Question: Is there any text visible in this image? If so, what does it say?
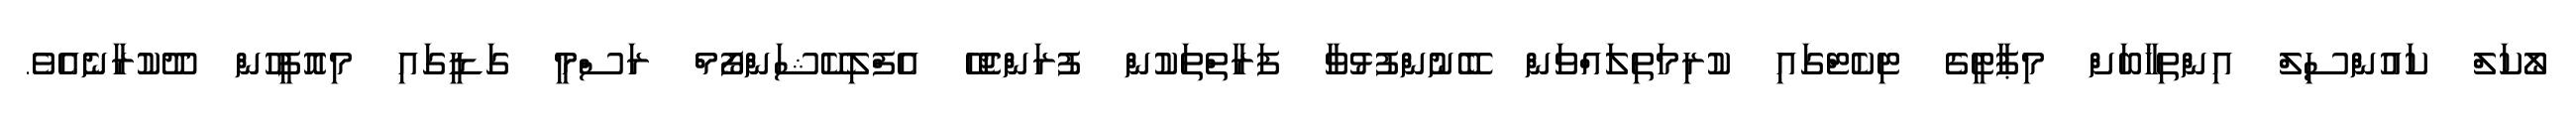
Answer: ލޯކަލް ކައުންސިލް އިންތިޚާބަށް މިޕާޓީގެ ޓިކެޓްގައި ކުރިމަތިލައްވަން ބޭނުންފުޅުވާ ފަރާތްތަކުން ފުރަންޖެހޭ އެފްލިކޭޝަންފޯމް ރަސްމީ ގަޑީގައި މިއޮފީހުން ދޫކުރާނެއެވެ.